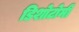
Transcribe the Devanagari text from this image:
डिशोटोमी